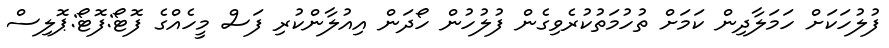
ފުލުހަކަށް ހަމަލާދިން ކަމަށް ތުހުމަތުކުރެވިގެން ފުލުހުން ހޯދަން އިއުލާންކުރި ފަސް މީހެއްގެ ފޮޓޯ:ފޮޓޯ:ޕޮލިސް